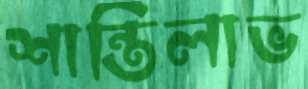
শান্তিলাভ